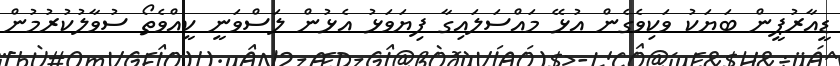
ޑީއާރުޕީން ބަޔަކު ވަކިވެގެން އުޅޭ މައްސަލައިގާ ފިޔަވަޅު އެޅުން ލަސްވަނީ ކީއްވެތޯ ސުވާލުކުރުމުން